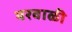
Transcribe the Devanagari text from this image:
यरवाळी